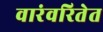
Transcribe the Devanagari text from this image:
वारंवरितेत